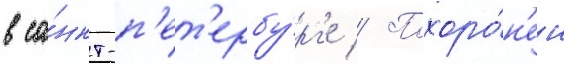
в са́нкт-п'ет'ербу́рг'е // Похоро́н'ен